system: You are a helpful assistant.
user:
Analyze the provided spectrum to determine if it is a **"Cataclysmic Variables (CV)"**.

- **Key Indicators for CV (Check for either state):**
    - **State 1: Quiescent / Low-State (Emission-Dominated)**
        - **(Primary):** Strong and *very broad* Hydrogen Balmer emission lines (e.g., $H\alpha$ at 6563 Å, $H\beta$ at 4861 Å). The 'broadness' (high velocity dispersion, often FWHM > 1000 km/s) is the key diagnostic, indicating a high-velocity accretion disk.
        - **(Secondary):** Broad neutral Helium (He I) emission lines (e.g., 5876 Å, 6678 Å).
        - **(Key Confirmation):** Presence of high-excitation *ionized* Helium (He II) emission at 4686 Å. This is a strong indicator of accretion onto a white dwarf.
        - **(Line Profile):** Emission lines may exhibit a 'double-peaked' profile, which is a classic signature of a rotating accretion disk viewed at high inclination.

    - **State 2: Outburst / High-State (Absorption-Dominated)**
        - **(Primary):** Spectrum is dominated by a bright, blue continuum (looks like a hot star).
        - **(Secondary):** The emission lines from State 1 are weak, absent, or 'filled in', and are replaced by broad, shallow *absorption* lines (primarily Balmer and He I).
        - **(Morphology):** The overall spectrum mimics a hot B/A-type star. The crucial difference is that the absorption lines are significantly broader, shallower, and more 'washed-out' (or 'smeared') than the sharp lines of a normal stellar photosphere, due to high rotational speeds and pressure broadening in the disk.

Think first, call **spectral_visualization_tool** if needed to examine features in detail, then provide your final answer. Your response must adhere to the following strict rules:
1.  **Overall Structure:** Your response must follow the format `<think>...</think> <tool_call>...</tool_call> (if a tool is used) <answer>...</answer>`.
2.  **Tool Usage Constraint:** You may only make **one** tool call per turn.
3.  **Final Answer Format:** In the `<answer>` tag, your conclusion must be inside a `\boxed{}` command (e.g., `\boxed{YES}`), followed by your justification.

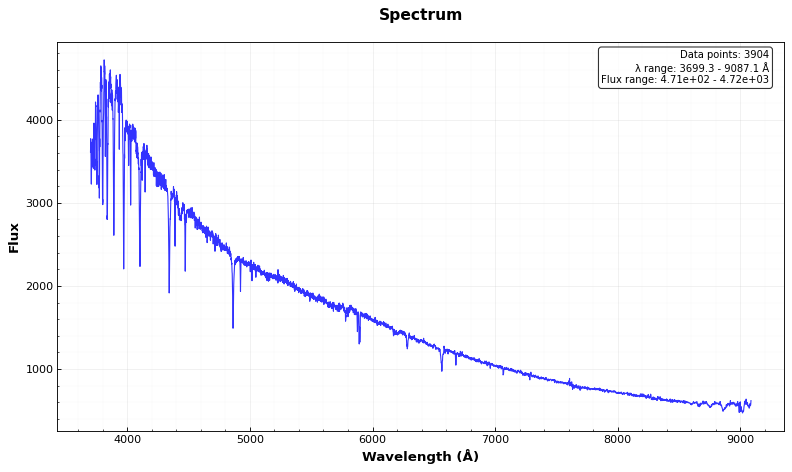
Answer: NO